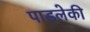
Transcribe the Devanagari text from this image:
पाडलेकी